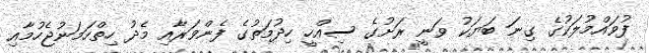
ފުވައްމުލަކުގެ ގިނަ ބަޔަކު ވަނީ ރަށުގެ ސިއްހީ ހިދުމަތުގެ ފެންވަރާއި މެދު ހިތްހަމަނުޖެހުމާއި